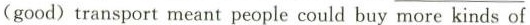
(good) transport meant people could buy more kinds of